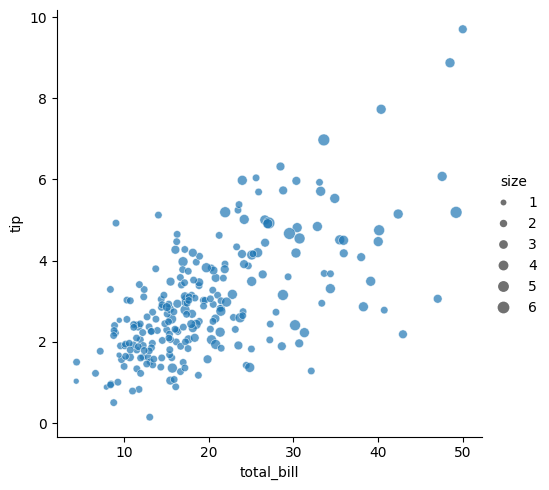
python, seaborn, relplot, alpha=0.7